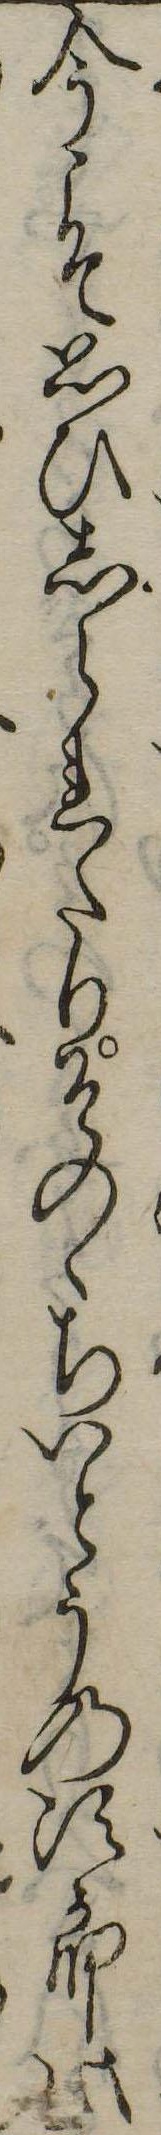
今こそ思ひしられたりそのゝちいとうの次郎此